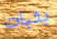
بثبات